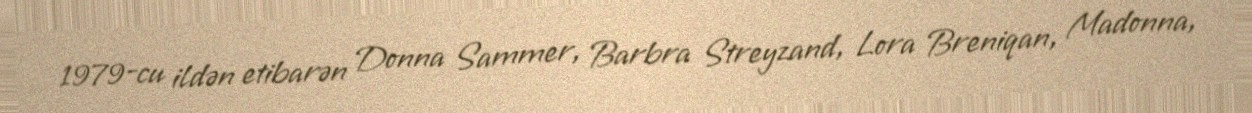
1979-cu ildən etibarən Donna Sammer, Barbra Streyzand, Lora Breniqan, Madonna,